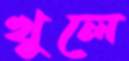
খুলে